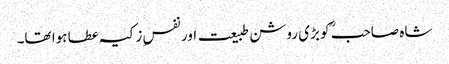
شاہ صاحبؒ کو بڑی روشن طبیعت اور نفسِ زکیہ عطا ہوا تھا۔